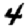
Digit: 4